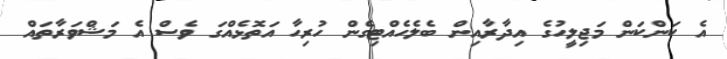
އެ ކަންކަން މަޖިލީހުގެ އިދާރާއިން ބެލެހެއްޓިގެން ހުރިހާ އަތޮޅެއްގަ ވެސް އެ މަޝްވަރާތައް